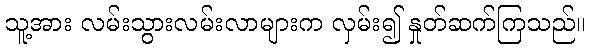
သူ့အား လမ်းသွားလမ်းလာများက လှမ်း၍ နှုတ်ဆက်ကြသည်။